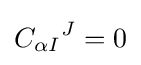
{C_{\alpha I}}^{J}=0